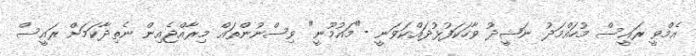
އެމްވީ ރައީސް މުހައްމަދު ނަޝީދު ވާހަކަފުޅުދައްކަވަނީ -"މައުމޫނީ" ވިސްނުންތައް މިރާއްޖެއިން ނެތިދާކަމަށް ރައީސް